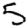
Digit: 5